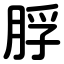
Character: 脬